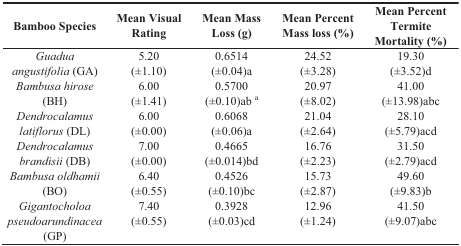
<table><thead><tr><td><b>Bamboo Species</b></td><td><b>Mean Visual Rating</b></td><td><b>Mean Mass Loss (g)</b></td><td><b>Mean Percent Mass loss (%)</b></td><td><b>Mean Percent Termite Mortality (%)</b></td></tr></thead><tbody><tr><td rowspan="2"><i>Guadua angustifolia</i> (GA)</td><td>5.20</td><td>0.6514</td><td>24.52</td><td>19.30</td></tr><tr><td>(±1.10)</td><td>(±0.04)a</td><td>(±3.28)</td><td>(±3.52)d</td></tr><tr><td rowspan="2"><i>Bambusa hirose</i> (BH)</td><td>6.00</td><td>0.5700</td><td>20.97</td><td>41.00</td></tr><tr><td>(±1.41)</td><td>(±0.10)ab <sup>a</sup></td><td>(±8.02)</td><td>(±13.98)abc</td></tr><tr><td rowspan="2"><i>Dendrocalamus latiflorus</i> (DL)</td><td>6.00</td><td>0.6068</td><td>21.04</td><td>28.10</td></tr><tr><td>(±0.00)</td><td>(±0.06)a</td><td>(±2.64)</td><td>(±5.79)acd</td></tr><tr><td rowspan="2"><i>Dendrocalamus brandisii</i> (DB)</td><td>7.00</td><td>0.4665</td><td>16.76</td><td>31.50</td></tr><tr><td>(±0.00)</td><td>(±0.014)bd</td><td>(±2.23)</td><td>(±2.79)acd</td></tr><tr><td rowspan="2"><i>Bambusa oldhamii</i> (BO)</td><td>6.40</td><td>0.4526</td><td>15.73</td><td>49.60</td></tr><tr><td>(±0.55)</td><td>(±0.10)bc</td><td>(±2.87)</td><td>(±9.83)b</td></tr><tr><td rowspan="2"><i>Gigantocholoa pseudoarundinacea</i> (GP)</td><td>7.40</td><td>0.3928</td><td>12.96</td><td>41.50</td></tr><tr><td>(±0.55)</td><td>(±0.03)cd</td><td>(±1.24)</td><td>(±9.07)abc</td></tr></tbody></table>